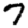
Digit: 7